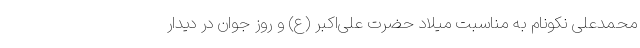
محمدعلی نکونام به مناسبت میلاد حضرت علی‌اکبر (ع) و روز جوان در دیدار